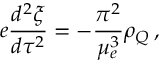
e \frac { d ^ { 2 } \xi } { d \tau ^ { 2 } } = - \frac { \pi ^ { 2 } } { \mu _ { e } ^ { 3 } } \rho _ { Q } \, ,